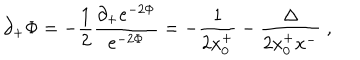
\partial _ { + } \Phi = - { \frac { 1 } { 2 } } \frac { \partial _ { + } e ^ { - 2 \Phi } } { e ^ { - 2 \Phi } } = - { \frac { 1 } { 2 x _ { 0 } ^ { + } } } - \frac { \Delta } { 2 x _ { 0 } ^ { + } x ^ { - } } \; ,